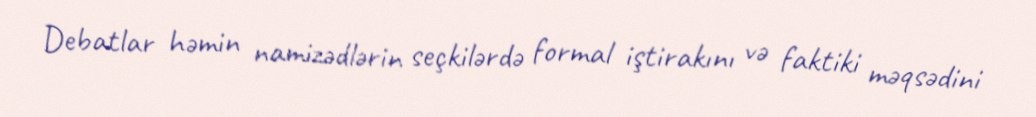
Debatlar həmin namizədlərin seçkilərdə formal iştirakını və faktiki məqsədini